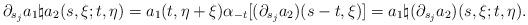
LaTeX: \begin{align*} \partial_{s_j}a_1\natural a_2(s,\xi;t,\eta)=a_1(t,\eta+\xi)\alpha_{-t}[(\partial_{s_j}a_2)(s-t,\xi)]=a_1\natural (\partial_{s_j}a_2)(s,\xi;t,\eta) .\end{align*}